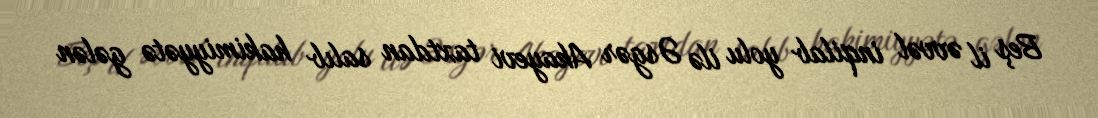
Beş il əvvəl inqilab yolu ilə Əsgər Akayevi taxtdan salıb hakimiyyətə gələn